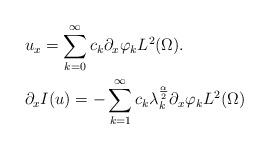
LaTeX: \begin{align*} & u_x = \sum_{k = 0}^\infty c_k \partial_x\varphi_k L^2(\Omega). \\ & \partial_x I(u) = -\sum_{k = 1}^\infty c_k \lambda_k^\frac{\alpha}{2} \partial_x\varphi_k L^2(\Omega)\end{align*}